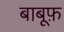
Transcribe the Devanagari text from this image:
बाबूफ़